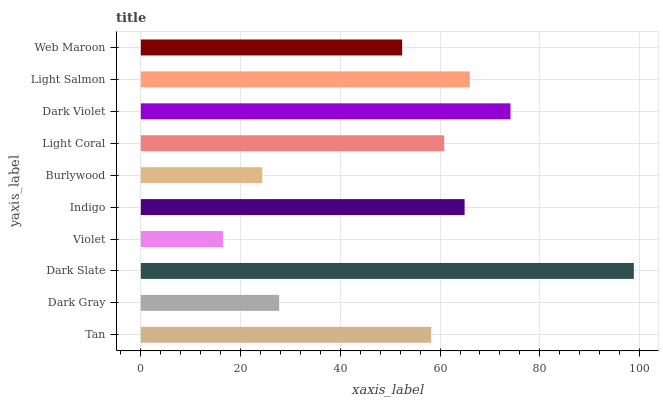
| yaxis_label | bars |
 | --- | --- |
 | Tan | 58.2 |
 | Dark Gray | 27.7 |
 | Dark Slate | 98.9 |
 | Violet | 16.5 |
 | Indigo | 64.9 |
 | Burlywood | 24.3 |
 | Light Coral | 60.8 |
 | Dark Violet | 74.1 |
 | Light Salmon | 66 |
 | Web Maroon | 52.4 |